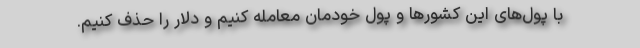
با پول‌های این کشورها و پول خودمان معامله کنیم و دلار را حذف کنیم.